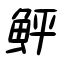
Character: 鮃